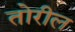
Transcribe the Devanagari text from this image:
तोरील